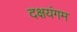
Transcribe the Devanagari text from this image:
दक्षयंगम